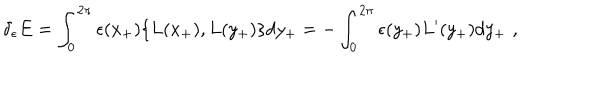
LaTeX: \delta _ { \epsilon } E = \int _ { 0 } ^ { 2 \pi } \epsilon ( x _ { + } ) \{ L ( x _ { + } ) , L ( y _ { + } ) \} d y _ { + } = - \int _ { 0 } ^ { 2 \pi } \epsilon ( y _ { + } ) L ^ { \prime } ( y _ { + } ) d y _ { + } \, \, ,